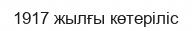
1917 жылғы көтеріліс